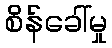
စိန်ခေါ်မှု